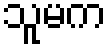
သူမက